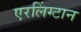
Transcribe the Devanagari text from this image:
एरलिंग्टान